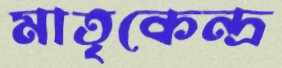
মাতৃকেন্দ্র